画像に写った文字を読んでください
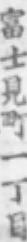
「富士見町一丁目」と書いてあります